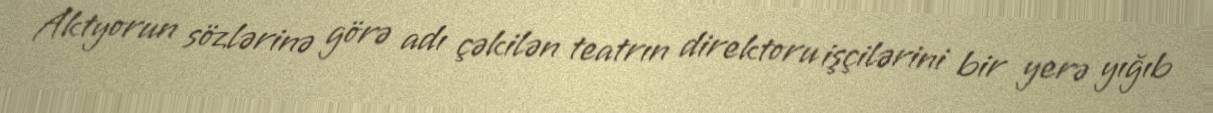
Aktyorun sözlərinə görə adı çəkilən teatrın direktoru işçilərini bir yerə yığıb